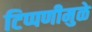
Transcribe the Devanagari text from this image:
टिप्पणीमुळे